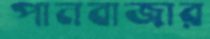
পানবাজার